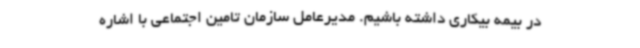
در بیمه بیکاری داشته باشیم. مدیرعامل سازمان تامین اجتماعی با اشاره